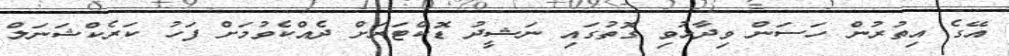
އޭގެ އިތުރުން ހަސަން ވިދާޅުވި ގޮތުގައި ނަޝީދު ޑޮކްޓަރަށް ދެއްކެވުމަށް ފަހު ކަރެކްޝަނަލް